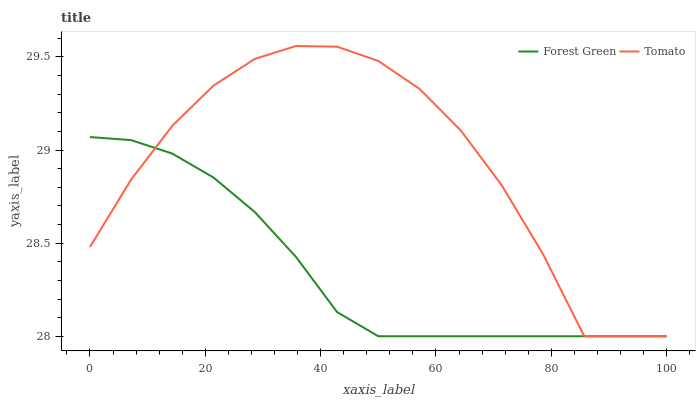
| xaxis_label | Forest Green | Tomato |
 | --- | --- | --- |
 | 0 | 29.1 | 28.5 |
 | 7.14 | 29.1 | 28.8 |
 | 14.3 | 29 | 29.1 |
 | 21.4 | 28.9 | 29.3 |
 | 28.6 | 28.7 | 29.5 |
 | 35.7 | 28.4 | 29.6 |
 | 42.9 | 28.1 | 29.6 |
 | 50 | 28 | 29.5 |
 | 57.1 | 28 | 29.3 |
 | 64.3 | 28 | 29.1 |
 | 71.4 | 28 | 28.8 |
 | 78.6 | 28 | 28.4 |
 | 85.7 | 28 | 28 |
 | 92.9 | 28 | 28 |
 | 100 | 28 | 28 |